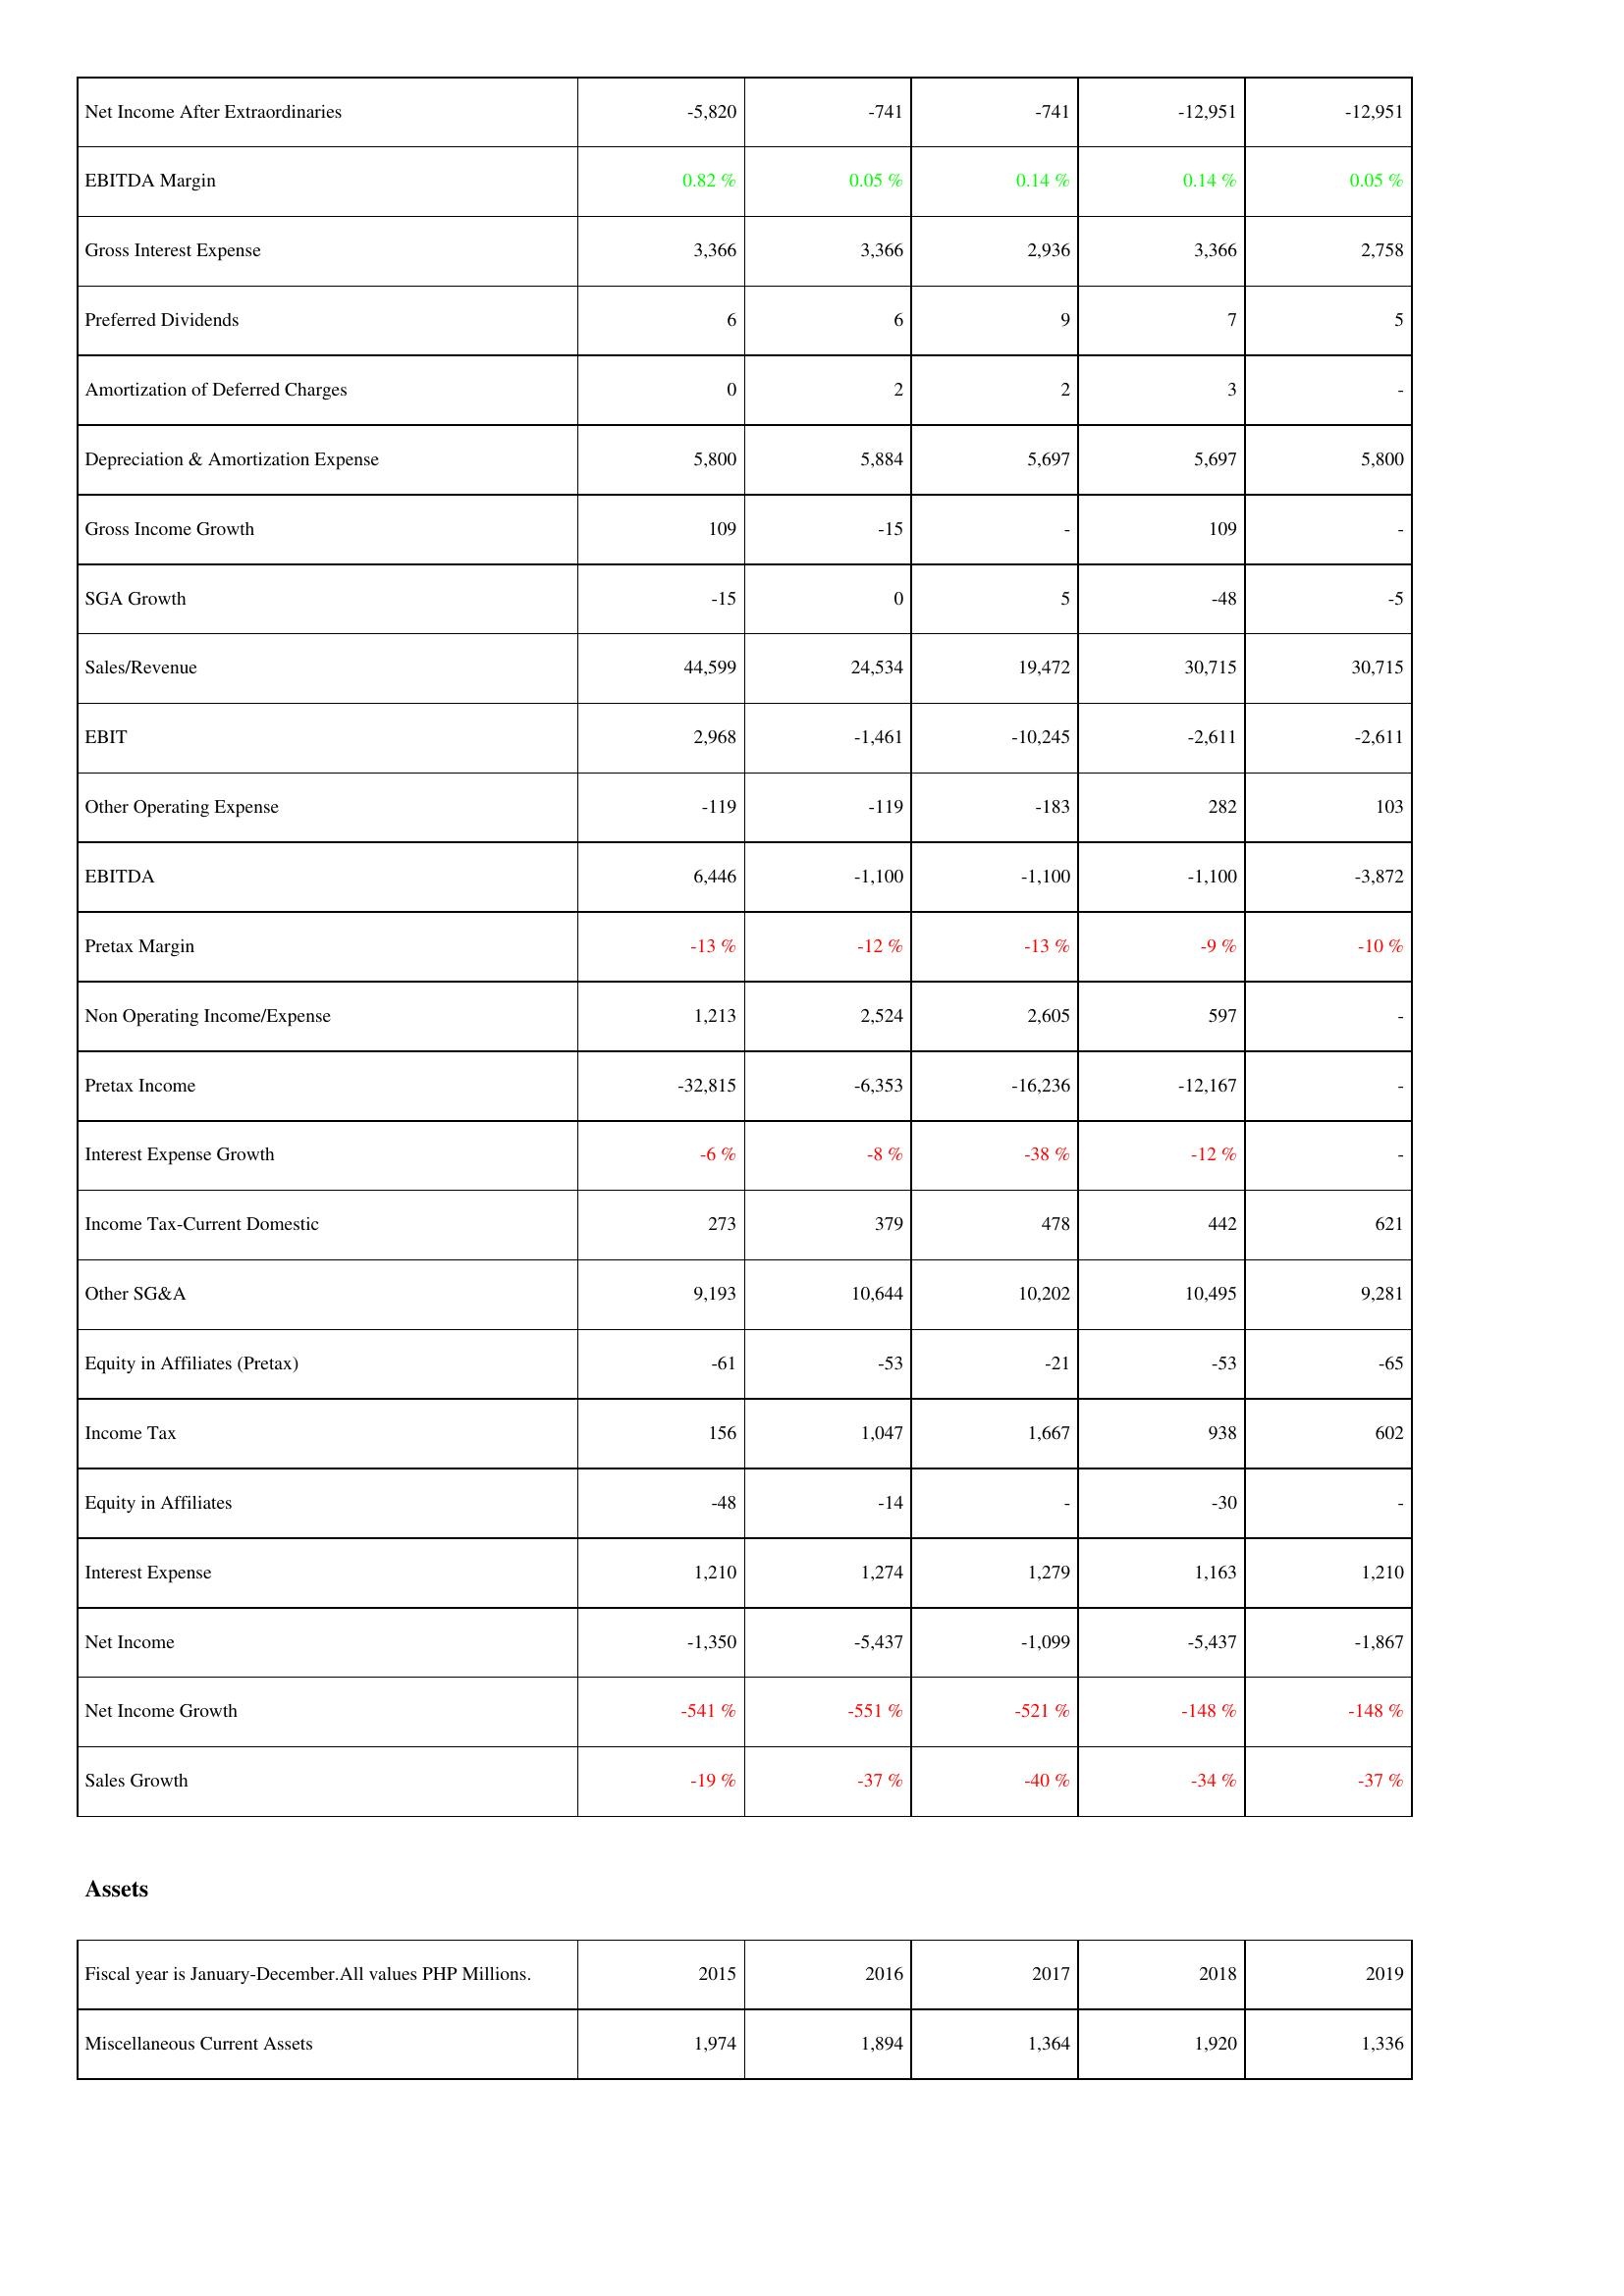
2015: Income Statement: Net Income After Extraordinaries: -5,820
EBITDA Margin: 0.82 %
Gross Interest Expense: 3,366
Preferred Dividends: 6
Amortization of Deferred Charges: 0
Depreciation & Amortization Expense: 5,800
Gross Income Growth: 109
SGA Growth: -15
Sales/Revenue: 44,599
EBIT: 2,968
Other Operating Expense: -119
EBITDA: 6,446
Pretax Margin: -13 %
Non Operating Income/Expense: 1,213
Pretax Income: -32,815
Interest Expense Growth: -6 %
Income Tax-Current Domestic: 273
Other SG&A: 9,193
Equity in Affiliates (Pretax): -61
Income Tax: 156
Equity in Affiliates: -48
Interest Expense: 1,210
Net Income: -1,350
Net Income Growth: -541 %
Sales Growth: -19 %
Assets: Miscellaneous Current Assets: 1,974
2016: Income Statement: Net Income After Extraordinaries: -741
EBITDA Margin: 0.05 %
Gross Interest Expense: 3,366
Preferred Dividends: 6
Amortization of Deferred Charges: 2
Depreciation & Amortization Expense: 5,884
Gross Income Growth: -15
SGA Growth: 0
Sales/Revenue: 24,534
EBIT: -1,461
Other Operating Expense: -119
EBITDA: -1,100
Pretax Margin: -12 %
Non Operating Income/Expense: 2,524
Pretax Income: -6,353
Interest Expense Growth: -8 %
Income Tax-Current Domestic: 379
Other SG&A: 10,644
Equity in Affiliates (Pretax): -53
Income Tax: 1,047
Equity in Affiliates: -14
Interest Expense: 1,274
Net Income: -5,437
Net Income Growth: -551 %
Sales Growth: -37 %
Assets: Miscellaneous Current Assets: 1,894
2017: Income Statement: Net Income After Extraordinaries: -741
EBITDA Margin: 0.14 %
Gross Interest Expense: 2,936
Preferred Dividends: 9
Amortization of Deferred Charges: 2
Depreciation & Amortization Expense: 5,697
Gross Income Growth: -
SGA Growth: 5
Sales/Revenue: 19,472
EBIT: -10,245
Other Operating Expense: -183
EBITDA: -1,100
Pretax Margin: -13 %
Non Operating Income/Expense: 2,605
Pretax Income: -16,236
Interest Expense Growth: -38 %
Income Tax-Current Domestic: 478
Other SG&A: 10,202
Equity in Affiliates (Pretax): -21
Income Tax: 1,667
Equity in Affiliates: -
Interest Expense: 1,279
Net Income: -1,099
Net Income Growth: -521 %
Sales Growth: -40 %
Assets: Miscellaneous Current Assets: 1,364
2018: Income Statement: Net Income After Extraordinaries: -12,951
EBITDA Margin: 0.14 %
Gross Interest Expense: 3,366
Preferred Dividends: 7
Amortization of Deferred Charges: 3
Depreciation & Amortization Expense: 5,697
Gross Income Growth: 109
SGA Growth: -48
Sales/Revenue: 30,715
EBIT: -2,611
Other Operating Expense: 282
EBITDA: -1,100
Pretax Margin: -9 %
Non Operating Income/Expense: 597
Pretax Income: -12,167
Interest Expense Growth: -12 %
Income Tax-Current Domestic: 442
Other SG&A: 10,495
Equity in Affiliates (Pretax): -53
Income Tax: 938
Equity in Affiliates: -30
Interest Expense: 1,163
Net Income: -5,437
Net Income Growth: -148 %
Sales Growth: -34 %
Assets: Miscellaneous Current Assets: 1,920
2019: Income Statement: Net Income After Extraordinaries: -12,951
EBITDA Margin: 0.05 %
Gross Interest Expense: 2,758
Preferred Dividends: 5
Amortization of Deferred Charges: -
Depreciation & Amortization Expense: 5,800
Gross Income Growth: -
SGA Growth: -5
Sales/Revenue: 30,715
EBIT: -2,611
Other Operating Expense: 103
EBITDA: -3,872
Pretax Margin: -10 %
Non Operating Income/Expense: -
Pretax Income: -
Interest Expense Growth: -
Income Tax-Current Domestic: 621
Other SG&A: 9,281
Equity in Affiliates (Pretax): -65
Income Tax: 602
Equity in Affiliates: -
Interest Expense: 1,210
Net Income: -1,867
Net Income Growth: -148 %
Sales Growth: -37 %
Assets: Miscellaneous Current Assets: 1,336